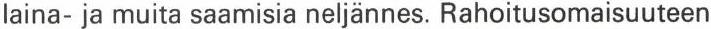
laina- ja muita saamisia neljännes. Rahoitusomaisuuteen